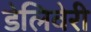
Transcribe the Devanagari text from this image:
डेलिवेरी